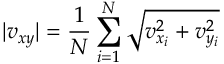
| v _ { x y } | = \frac { 1 } { N } \sum _ { i = 1 } ^ { N } { \sqrt { v _ { x _ { i } } ^ { 2 } + v _ { y _ { i } } ^ { 2 } } }